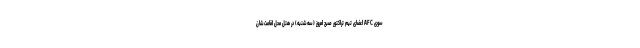
سوی AFC اعضای تیم تراکتور صبح امروز (سه‌شنبه) در هتل محل اقامت‌شان